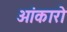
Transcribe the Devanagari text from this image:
ओंकारो